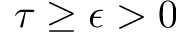
\tau \geq \epsilon > 0